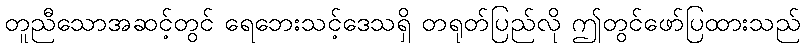
တူညီသောအဆင့်တွင် ရေဘေးသင့်ဒေသရှိ တရုတ်ပြည်လို ဤတွင်ဖော်ပြထားသည်